Statistical return of the lunatic asylum in Assam - 1912-1932
Year: 1912
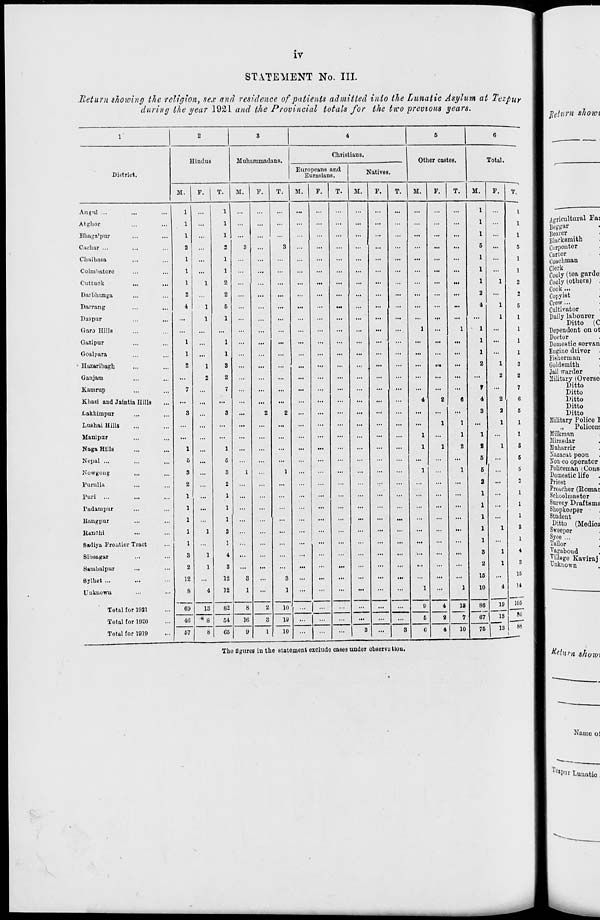
IV
STATEMENT No. III.
Return showing the religion, sex and residence of patients admitted into the Lunatic Asylum at Tezpu r
during the year 1921 and the Provincial totals for the two previous years.
District.
Hindus
Huhammadans.
Christians.
Europeans and
Eurasians.
M.
F.
M. | F.
Angul ...
Atghor
Bhftga'pur
Cachar ...
Chaibasa
Coimbatore
Cuttuck
Darbhanga
Dai-rang
Daapur
Garo Hills
Oazipur
Goalpnra
Hazaribagh
G an jam
Kamrup
Kliasi and Jaintia Hills
i.akbimpur
Lushai Hills
..,
Manipar
..,
Naga Hills
Nepal ...
Kowgong
Purulla
Furi ...
Fadampur
Kangpur
Jianchi
Sadiya Frontier Tract
Sibsagar
Satnbalpur
Bylhet ...
•■•
Unknown
Total for 1921
Total for 1920
Total for 1919
»l
1
...
1
..
1
...
1
M
1
...
2
2
3
1
i.
1
...
1
..
1
...
1
1
2
...
2
2
4
1
6
...
1
1
1
1
1
..
1
...
2
1
3
...
...
2
2
...
7
7
S
••
3
...
1
••
1
...
5
..
5
3
..
3
1
2
••
2
1
1
1
...
1
2
1
...
3
1
4
...
2
1
3
...
12
>.
12
3
8
4
32
1
09
13
82
8
411
" l 8
54
10
67
8
CS
9
T. | M. I F
10
19
10
Natives.
Other castes.
T. | M. | F.
T.
M.
ia
7
10
M.
1
1
1
5
1
1
1
2
4
1
1
1
2
7
4
3
1
2
6
6
2
1
1
1
1
1
3
2
15
10
86
67
76
Total.
19
13
13
T.
I
1
1
5
1
1
2
2
5
1
1
1
1
3
2
7
6
5
1
1
S
5
1
1
1
2
1
i
S
15
14
105
80
m
Tho figures in the statement exclude cases under observation.